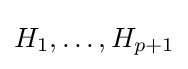
H_{1},\ldots ,H_{p+1}